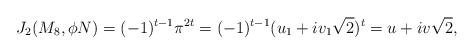
LaTeX: \begin{align*}J_2(M_8, \phi N) = (-1)^{t-1}\pi^{2t}=(-1)^{t-1}(u_1 +iv_1\sqrt{2})^t=u+iv\sqrt{2},\end{align*}